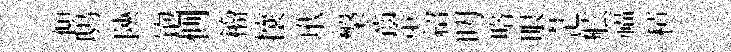
傾鸱陝饱惻籕攘玳槃齒策紹叨賂眼茫舷福積